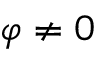
\varphi \neq 0